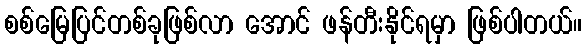
စစ်မြေပြင်တစ်ခုဖြစ်လာ အောင် ဖန်တီးနိုင်ရမှာ ဖြစ်ပါတယ်။